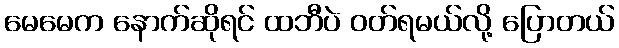
မေမေက နောက်ဆိုရင် ထဘီပဲ ဝတ်ရမယ်လို့ ပြောတယ်